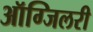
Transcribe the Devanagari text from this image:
ऑग्जिलरी